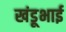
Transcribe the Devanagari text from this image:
खंडूभाई